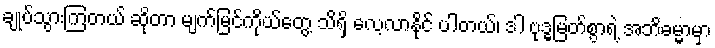
ချုပ်သွားကြတယ် ဆိုတာ မျက်မြင်ကိုယ်တွေ့ သိရှိ လေ့လာနိုင် ပါတယ်၊ ဒါ ဗုဒ္ဓမြတ်စွာရဲ့ အဘိဓမ္မာမှာ